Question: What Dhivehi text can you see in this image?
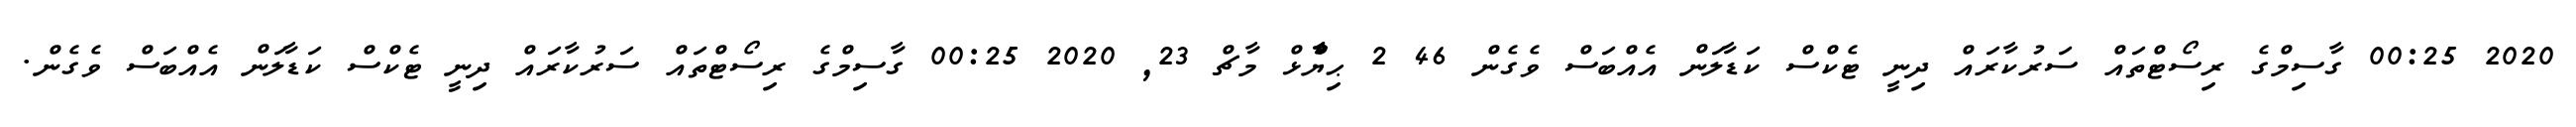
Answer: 2020 00:25 ގާސިމްގެ ރިސޯޓްތައް ސަރުކާރައް ދިނީ ޓެކްސް ކަޑާލަން އެއްބަސް ވެގެން 46 2 ޙިޔާާްްޅް މާޗް 23, 2020 00:25 ގާސިމްގެ ރިސޯޓްތައް ސަރުކާރައް ދިނީ ޓެކްސް ކަޑާލަން އެއްބަސް ވެގެން.